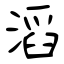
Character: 滔